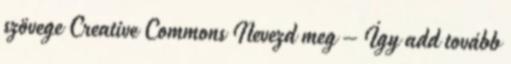
szövege Creative Commons Nevezd meg – Így add tovább